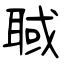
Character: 聝